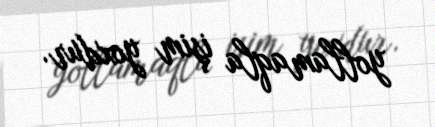
yollamaqla işim yoxdur.